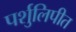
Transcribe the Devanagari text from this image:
पर्शुलिपीत